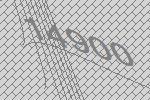
14900